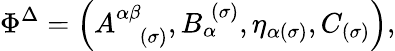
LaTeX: \Phi^{\Delta}=\left(A_{\; \; \; (\sigma)}^{\alpha\beta},B_{\alpha}^{\; (\sigma)},\eta_{\alpha(\sigma)},C_{(\sigma)}\right),